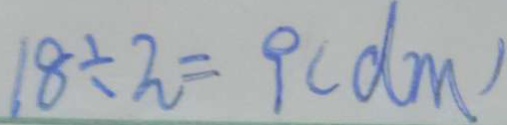
1 8 \div 2 = 9 ( d m )